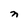
Character: n